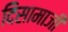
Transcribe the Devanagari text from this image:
दिसामाजी